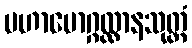
မဟာမောဂ္ဂလ္လာနသုတ္တံ